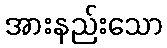
အားနည်းသော